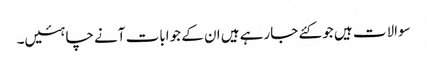
سوالات ہیں جو کئے جارہے ہیں ان کے جوابات آنے چاہئیں۔